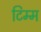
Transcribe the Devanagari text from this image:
टिम्म